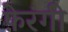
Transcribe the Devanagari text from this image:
फ़ेरंगी